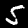
Label: 5